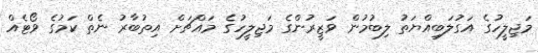
މަޖިލީހުގެ އަގުލަބިއްޔަތު ލިބުމުން ވަޒީރުންގެ މަޖިލީހުގެ މައްޗަށް އިތުބާރު ނެތް ކަމުގެ ވޯޓެއް